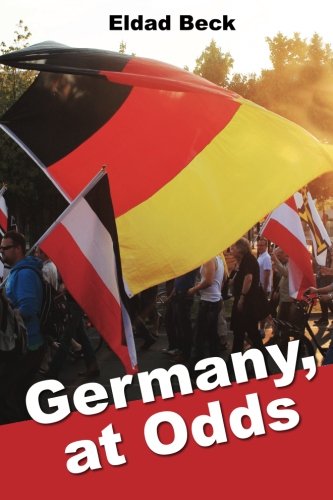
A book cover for Germany, at Odds; Eldad Beck; History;